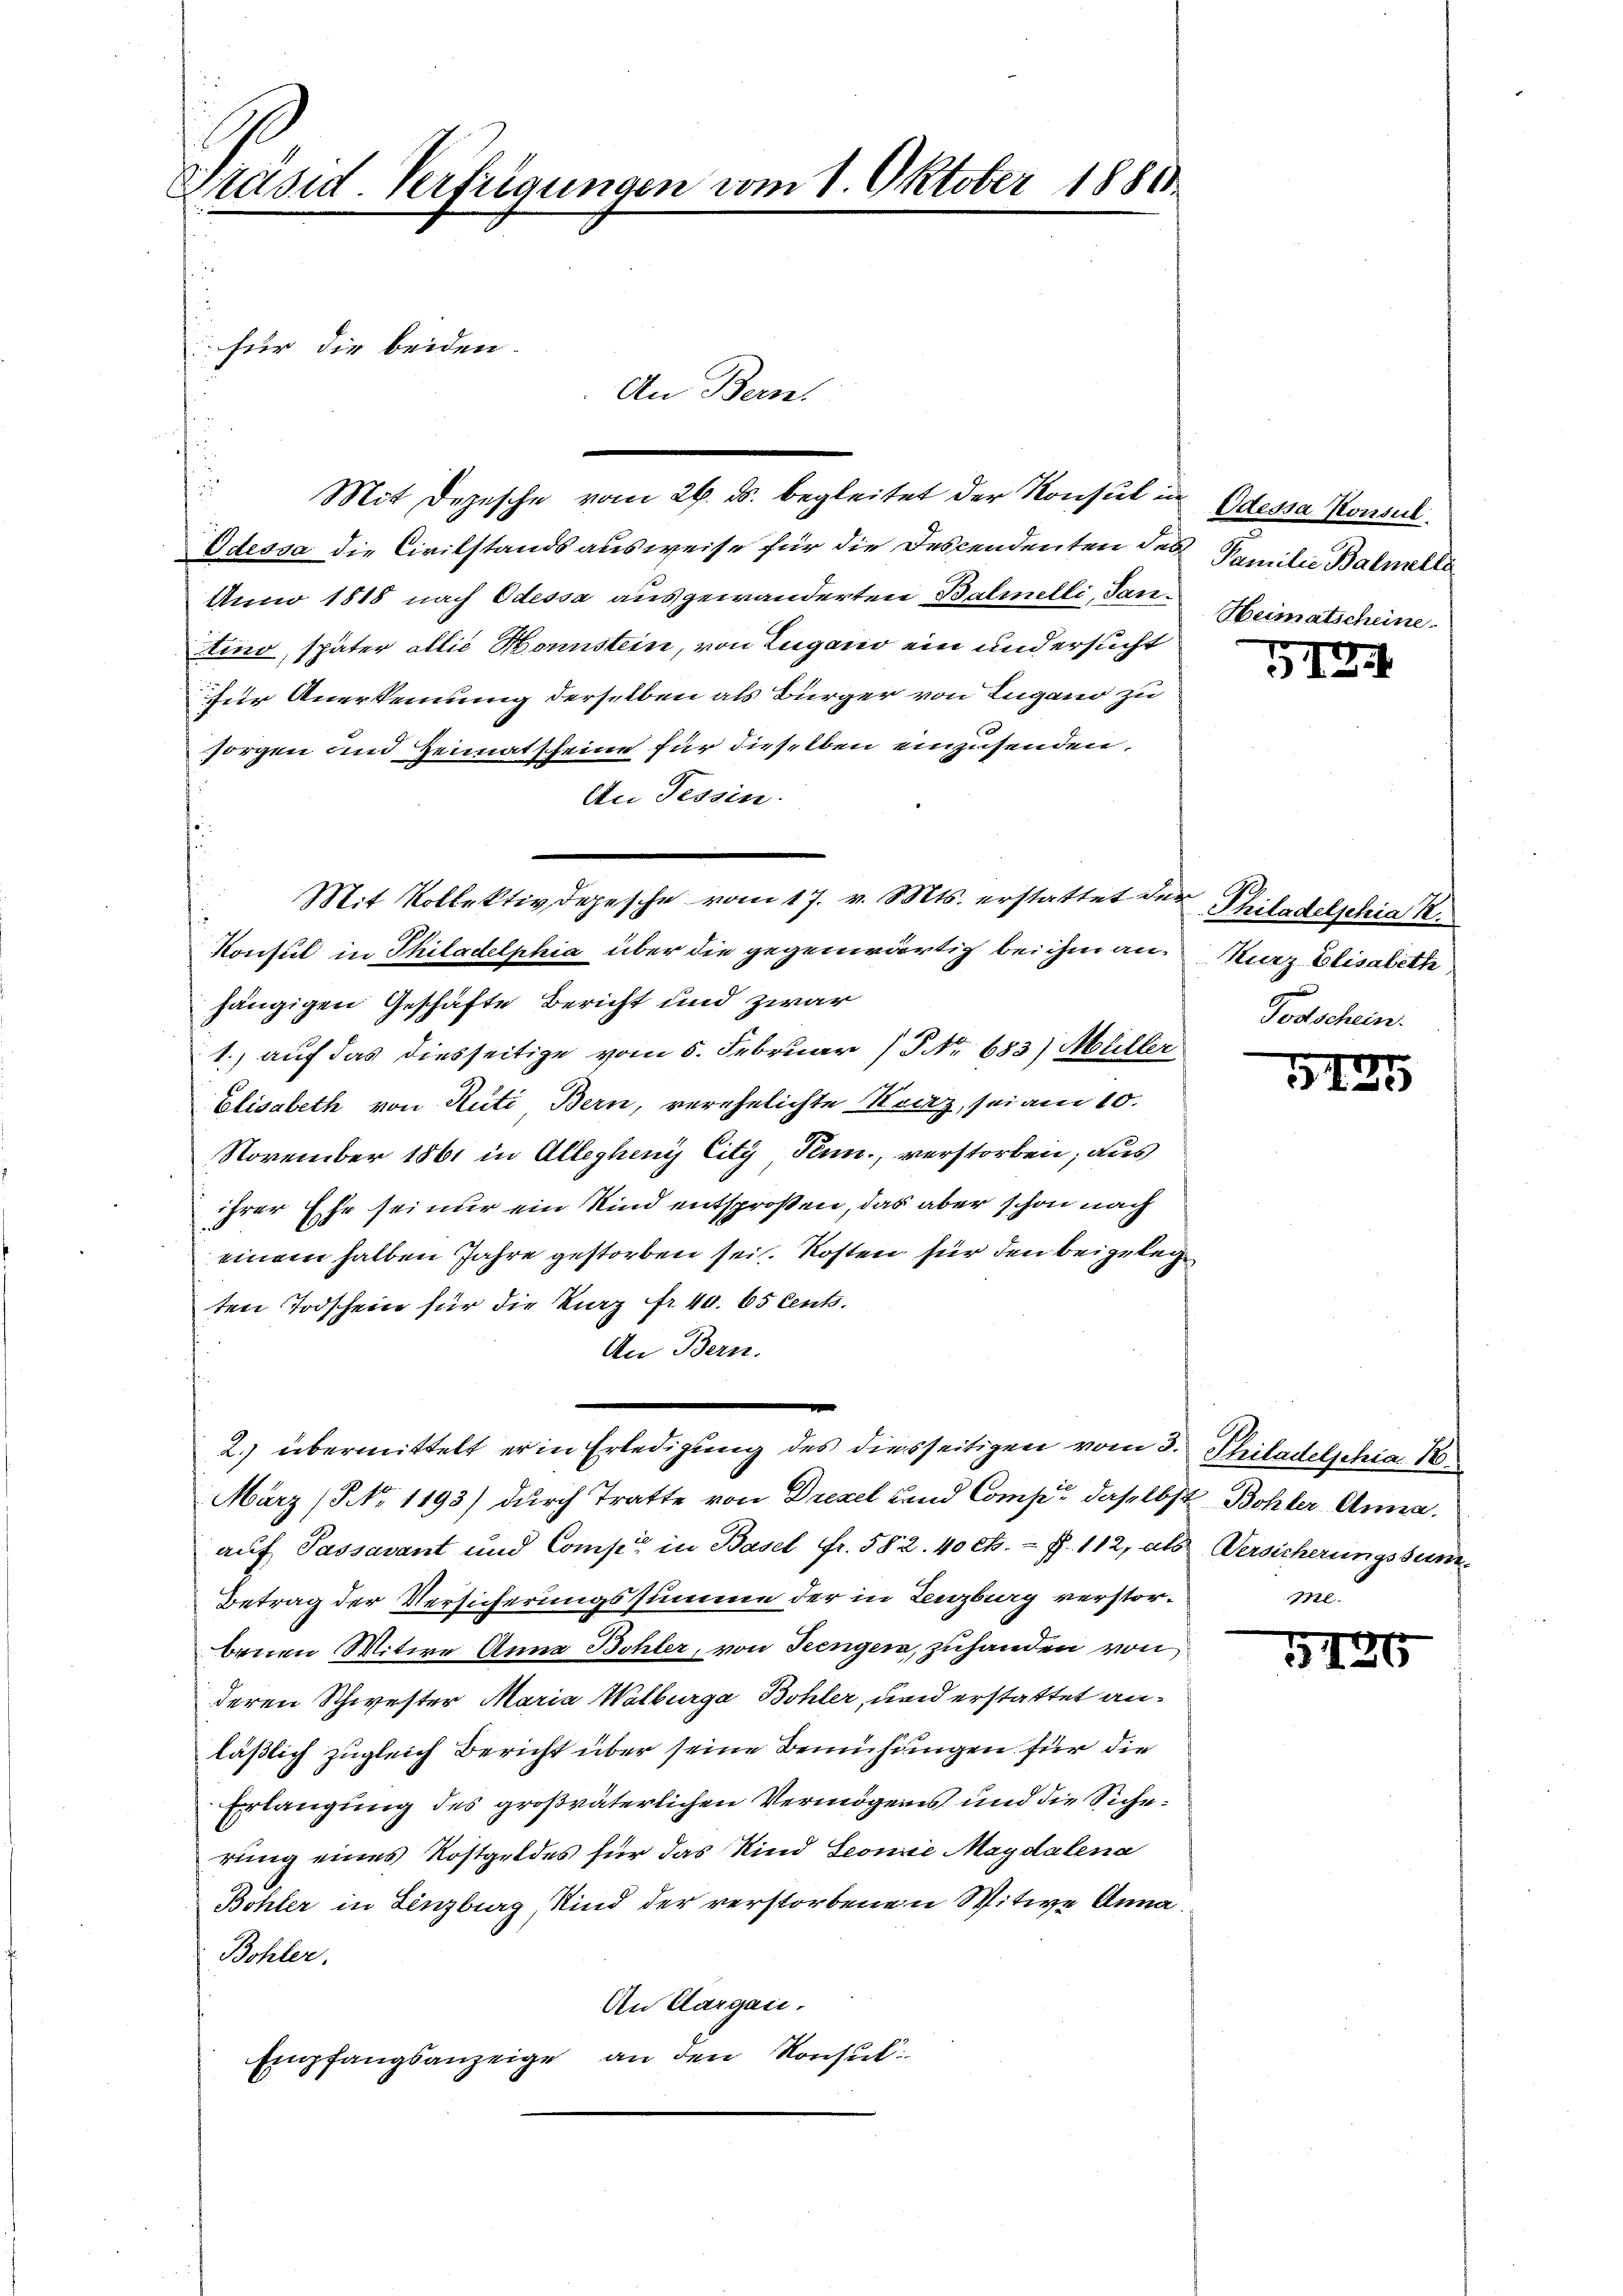
Präsid. Verfügungen vom 1. Oktober 1886.

für die beiden.

Mit Depesche vom 26. ds. begleitet der Konsul in Odessa Konsul
Odessa die Civilstandsausweise für die Descendenten der Familie Balmelle
Anno 1818 nach Odessa ausgewanderten Balmelli, Santino, später allie Honnstein, von Lugano ein und ersucht
für Anerkennung derselben als Bürger von Lugano zu
e
sorgen und Heimatsseine für dieselben einzusenden.
An Tessin.
G.
Konsul in Philadelphia über die gegenwärtig bei ihm an. Kurz Elisabethe,
hängigen Geschäfte Bericht und zwar
1.) auf das diesseitige vom 5. Februar (Nr. 683) Müller
Elisabeth von Rüti Bern, verehelichte Reiz, sei am 10.
November 1861 in Allegheny City Peun., verstorben; aus
ihrer Ehe seiner ein Kind entsprosen, das aber schon nach
einem halben Jahre gestorben sei. Kosten für den beigeleg
ten Todschein für die kurz fr 40. 65 Cents.
An Bern.
2.) übermittelt er in Erledigung des diesseitigen vom 3. Philadelphia 18.
März (NNo. 1193) durch Tratte von Drezel und Comp. daselbst Bohler Anna.
auf Passavant und Comp. in Basel Fr. 582. 40 cts. f. 112, als Versicherungssum¬
Betrag der Versicherungssumme der in Lenzburg verstorbenen Witwe Anna Bohler, von Seengen, zuhanden von
deren Schwester Maria Walburga Bohler, und erstattet anläßlich zugleich Bericht über seine Bemühungen für die
Erlangung des großväterlichen Vermögens und die Sicherung eines Rostgeldes für das Kind Seonie Magdalena
Bohler in Lenzburg Kind der verstorbenen Witwe Anna
Bohler.
An Aargau.
Empfangsanzeige, an den Konsul

An Bern.

Mit Meines gesche am 17. M. erhalten die

Heimatscheine

1.12.1

Philadelphia R.
Todschein.

i
31

7.

1136